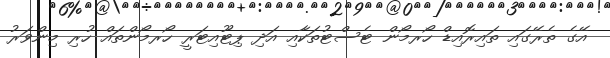
އޭގެ ތެރޭގައި ތައިރޮއިޑް ހޯރމޯން ޓެސްޓުތަކާއި އަދި ޕިޓޫއިޓަރީ ހޯރމޯންތައް ހުރި މިންވަރު